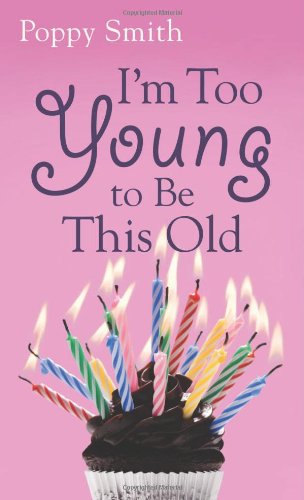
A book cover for I'm Too Young to Be This Old; Patricia "Poppy" Smith; Health, Fitness & Dieting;